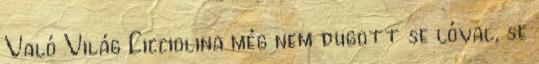
Való Világ Cicciolina még nem dugott se lóval, se